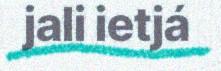
jali ietjá